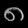
Digit: ၈